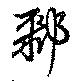
鄹